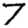
Digit: 7